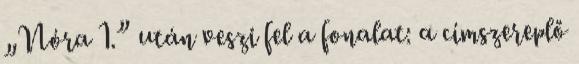
„Nóra 1.” után veszi fel a fonalat: a címszereplő